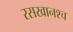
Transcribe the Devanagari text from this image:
रसखानश्च